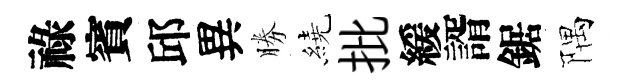
祿賓邱異勝繞批緩諝鋸隅